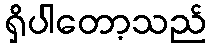
ရှိပါတော့သည်